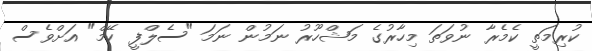
ކުރިމަތީ ކެމެރާ ނުވަތަ މިހާރުގެ މަޝްހޫރު ނަމުން ނަމަ "ސެލްފީ ކޭމް" އަށްވެސް